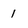
Character: 1